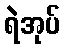
ရဲအုပ်